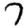
Digit: 7